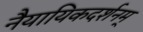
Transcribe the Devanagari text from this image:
नैयायिकदर्शनम्